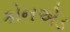
કોનએડ